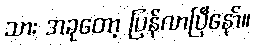
သား အခုတော့ ပြန်လာပြီနော်။